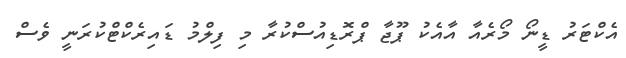
އެކްޓަރު ޑީނޯ މޯރެއާ އާއެކު ޕޫޖާ ޕްރޮޑިއުސްކުރާ މި ފިލްމު ޑައިރެކްޓްކުރަނީ ވެސް